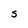
Character: S